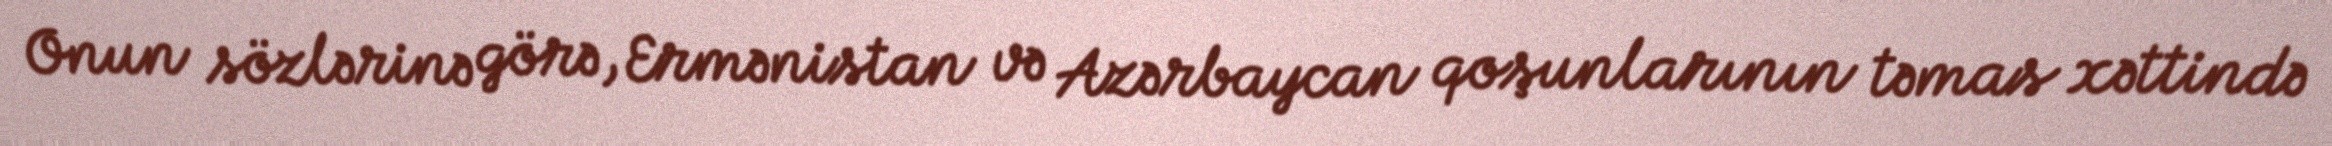
Onun sözlərinə görə, Ermənistan və Azərbaycan qoşunlarının təmas xəttində